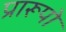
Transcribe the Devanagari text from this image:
प्रारूपो